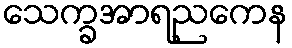
သေက္ခအာရညကေန